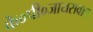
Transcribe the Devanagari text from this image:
के०पी०जायसवाल